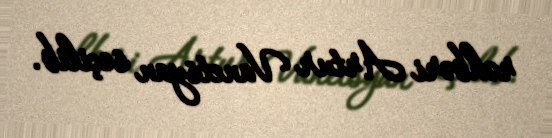
rəhbəri Artur Vanetsyan seçilib.